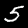
Digit: 5